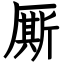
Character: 厮